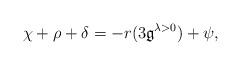
LaTeX: \begin{align*}\chi+\rho+\delta=-r(3\mathfrak{g}^{\lambda>0})+\psi,\end{align*}